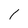
Character: 1